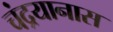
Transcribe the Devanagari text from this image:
चंद्रयानास